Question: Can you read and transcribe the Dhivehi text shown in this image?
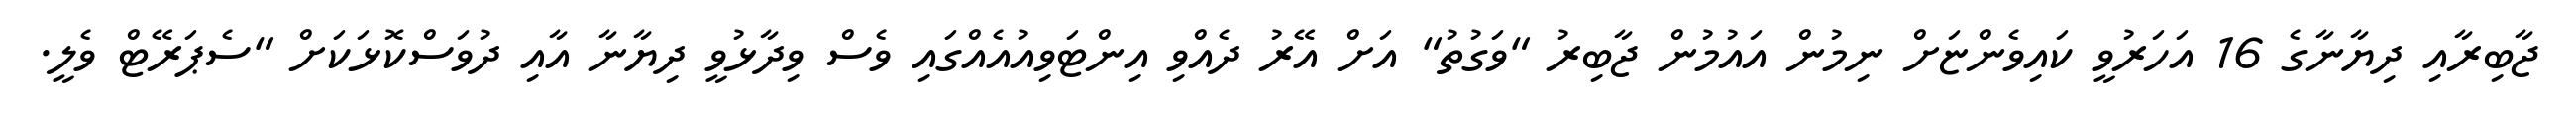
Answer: ޖާބިރާއި ދިޔާނާގެ 16 އަހަރުވީ ކައިވެންޏަށް ނިމުން އައުމުން ޖާބިރު "ވަގުތު" އަށް އޭރު ދެއްވި އިންޓަވިއުއެއްގައި ވެސް ވިދާޅުވީ ދިޔާނާ އާއި ދުވަސްކޮޅަކަށް "ސެޕަރޭޓް ވެލީ.